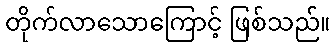
တိုက်လာသောကြောင့် ဖြစ်သည်။